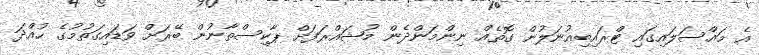
އެ މައްސަލައިގައި ޓްރައިބިއުނަލުން ގޮތެއް ނިންމަންދެން މުޝައްރަފަށް ޕާކިސްތާނުން ބޭރަށް ވަޑައިގަތުމުގެ ހުއްދަ